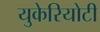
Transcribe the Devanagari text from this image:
युकेरियोटी